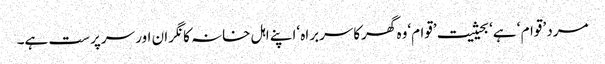
مرد ’قوام ‘ ہے‘ بحیثیت ’قوام‘وہ گھرکاسربراہ ‘اپنے اہل خانہ کا نگران اور سرپرست ہے۔